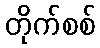
တိုက်စစ်